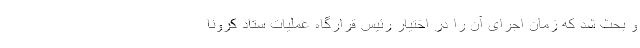
و بحث شد که زمان اجرای آن را در اختیار رئیس قرارگاه عملیات ستاد کرونا